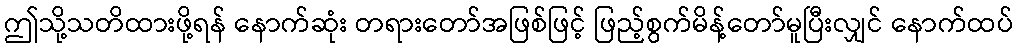
ဤသို့သတိထားဖို့ရန် နောက်ဆုံး တရားတော်အဖြစ်ဖြင့် ဖြည့်စွက်မိန့်တော်မူပြီးလျှင် နောက်ထပ်